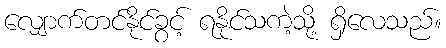
လျှောက်တင်နိုင်ခွင့် ရနိုင်သကဲ့သို့ ရှိလေသည်။